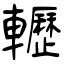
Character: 轣